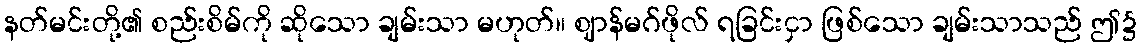
နတ်မင်းတို့၏ စည်းစိမ်ကို ဆိုသော ချမ်းသာ မဟုတ်။ ဈာန်မဂ်ဖိုလ် ရခြင်းငှာ ဖြစ်သော ချမ်းသာသည် ဤ၌